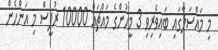
މި މައްސަލާގައި ބައިވެރިވި 3 މީހުންގެ މައްޗައް 10000 ރުޕީސް މި އަންހެން